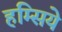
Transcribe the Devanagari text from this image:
हंम्सिये